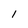
Character: 1